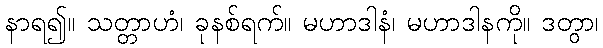
နာရ၍။ သတ္တာဟံ၊ ခုနစ်ရက်။ မဟာဒါနံ၊ မဟာဒါနကို။ ဒတွာ၊